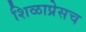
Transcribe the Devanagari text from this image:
शिळाप्रेसच